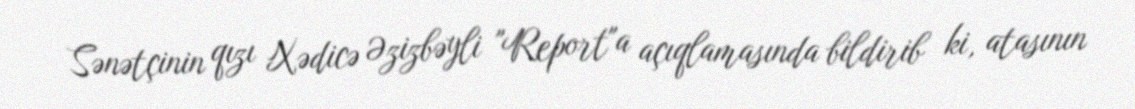
Sənətçinin qızı Xədicə Əzizbəyli "Report"a açıqlamasında bildirib ki, atasının